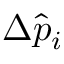
\Delta \hat { p } _ { i }